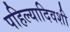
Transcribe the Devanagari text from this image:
पहिल्यादिवशी